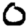
Digit: 0